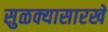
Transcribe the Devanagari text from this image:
सुळक्यासारखे